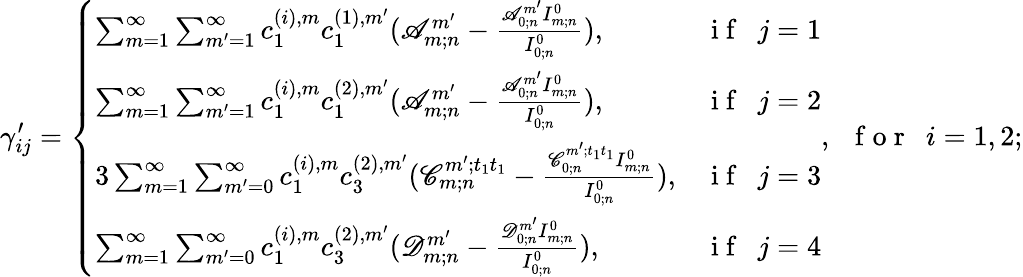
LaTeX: \gamma_{ij}^{\prime}=\left\{ \begin{array}{ll}{\sum_{m=1}^{\infty}\sum_{m^{\prime}=1}^{\infty}c_{1}^{(i),m}c_{1}^{(1),m^{\prime}}(\mathscr{A}_{m;n}^{m^{\prime}}-\frac{\mathscr{A}_{0;n}^{m^{\prime}}I_{m;n}^{0}}{I_{0;n}^{0}}),}&{\mathrm{~i~f~~~}j=1}\\ {\sum_{m=1}^{\infty}\sum_{m^{\prime}=1}^{\infty}c_{1}^{(i),m}c_{1}^{(2),m^{\prime}}(\mathscr{A}_{m;n}^{m^{\prime}}-\frac{\mathscr{A}_{0;n}^{m^{\prime}}I_{m;n}^{0}}{I_{0;n}^{0}}),}&{\mathrm{~i~f~~~}j=2}\\ {3\sum_{m=1}^{\infty}\sum_{m^{\prime}=0}^{\infty}c_{1}^{(i),m}c_{3}^{(2),m^{\prime}}(\mathscr{C}_{m;n}^{m^{\prime};t_{1}t_{1}}-\frac{\mathscr{C}_{0;n}^{m^{\prime};t_{1}t_{1}}I_{m;n}^{0}}{I_{0;n}^{0}}),}&{\mathrm{~i~f~~~}j=3}\\ {\sum_{m=1}^{\infty}\sum_{m^{\prime}=0}^{\infty}c_{1}^{(i),m}c_{3}^{(2),m^{\prime}}(\mathscr{D}_{m;n}^{m^{\prime}}-\frac{\mathscr{D}_{0;n}^{m^{\prime}}I_{m;n}^{0}}{I_{0;n}^{0}}),}&{\mathrm{~i~f~~~}j=4}\end{array}\right.,\mathrm{~~~f~o~r~~~}i=1,2;